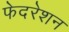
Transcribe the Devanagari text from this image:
फेदरेशन